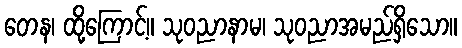
တေန၊ ထို့ကြောင့်။ သုဝညာနာမ၊ သုဝညာအမည်ရှိသော။